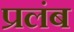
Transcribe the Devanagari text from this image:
प्रलंब